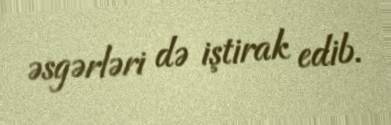
əsgərləri də iştirak edib.